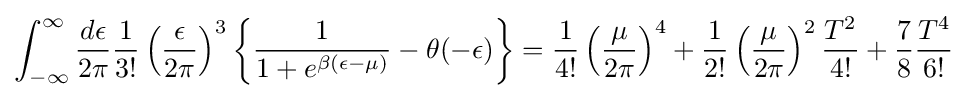
\int _{-\infty }^{\infty }{\frac {d\epsilon }{2\pi }}{\frac {1}{3!}}\left({\frac {\epsilon }{2\pi }}\right)^{3}\left\{{\frac {1}{1+e^{\beta (\epsilon -\mu )}}}-\theta (-\epsilon )\right\}={\frac {1}{4!}}\left({\frac {\mu }{2\pi }}\right)^{4}+{\frac {1}{2!}}\left({\frac {\mu }{2\pi }}\right)^{2}{\frac {T^{2}}{4!}}+{\frac {7}{8}}{\frac {T^{4}}{6!}}